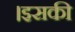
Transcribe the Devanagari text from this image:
।इसकी